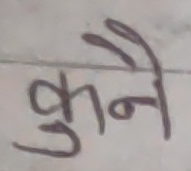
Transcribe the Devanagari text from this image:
कुनै